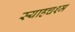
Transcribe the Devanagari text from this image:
स्याहचश्म